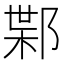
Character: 𲆗